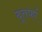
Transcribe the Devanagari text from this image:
दूतर्फा